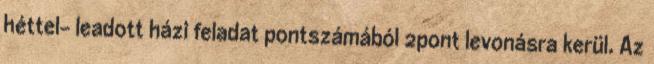
héttel– leadott házi feladat pontszámából 2pont levonásra kerül. Az